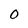
Character: O